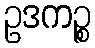
ဥဒကဉ္စ